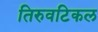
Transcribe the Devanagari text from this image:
तिरुवटिकल